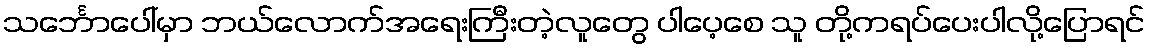
သင်္ဘောပေါ်မှာ ဘယ်လောက်အရေးကြီးတဲ့လူတွေ ပါပေ့စေ သူ တို့ကရပ်ပေးပါလို့ပြောရင်